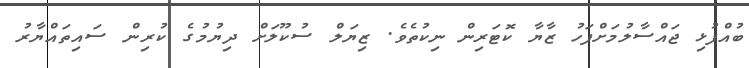
ބުއްފުޅި ޖައްސާލުމަށްފަހު ޒާޔާ ކޮޓަރިން ނިކުތެވެ. ޒިޔަލް ސުކޫލަށް ދިޔުމުގެ ކުރިން ސައިތައްޔާރު